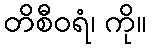
တိစီဝရံ၊ ကို။